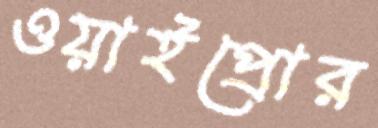
ওয়াইপ্রোর